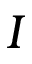
I